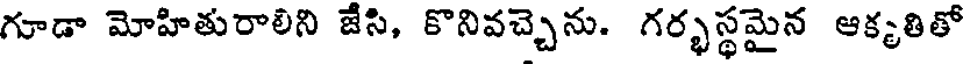
గూడా మోహితురాలిని జేసి, కొనివచ్చెను. గర్భస్థమైన ఆక్కతితో